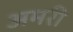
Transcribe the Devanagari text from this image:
अमरी